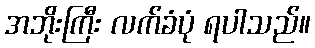
အဘိုးကြီး လက်ခံပုံ ရပါသည်။